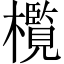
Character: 㰖